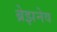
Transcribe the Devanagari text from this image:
ब्रेझनेव